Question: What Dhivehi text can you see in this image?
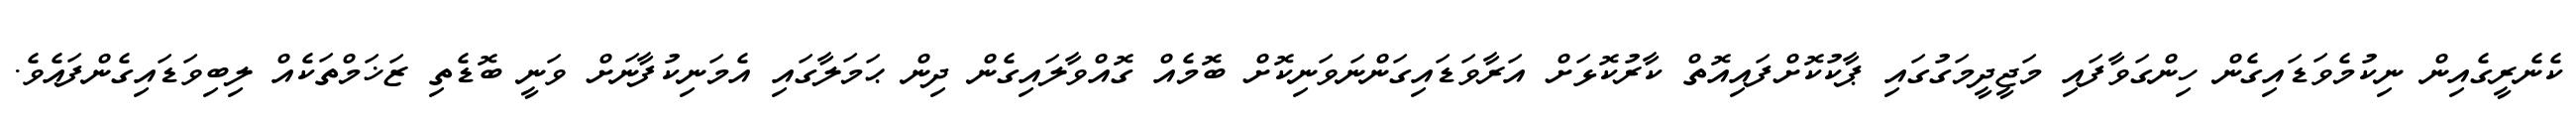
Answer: ކެނެރީގެއިން ނިކުމެވަޑައިގެން ހިންގަވާފައި މަޖީދީމަގުގައި ޕާކުކޮށްފައިއޮތް ކާރުކޮޅަށް އަރާވަޑައިގަންނަވަނިކޮށް ބޮމެއް ގޮއްވާލައިގެން ދިން ޙަމަލާގައި އެމަނިކުފާނަށް ވަނީ ބޮޑެތި ޒަޚަމްތަކެއް ލިބިވަޑައިގެންފައެވެ.